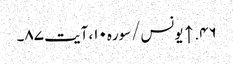
۴۶. ↑ یونس/سوره۱۰، آیت ۸۷۔